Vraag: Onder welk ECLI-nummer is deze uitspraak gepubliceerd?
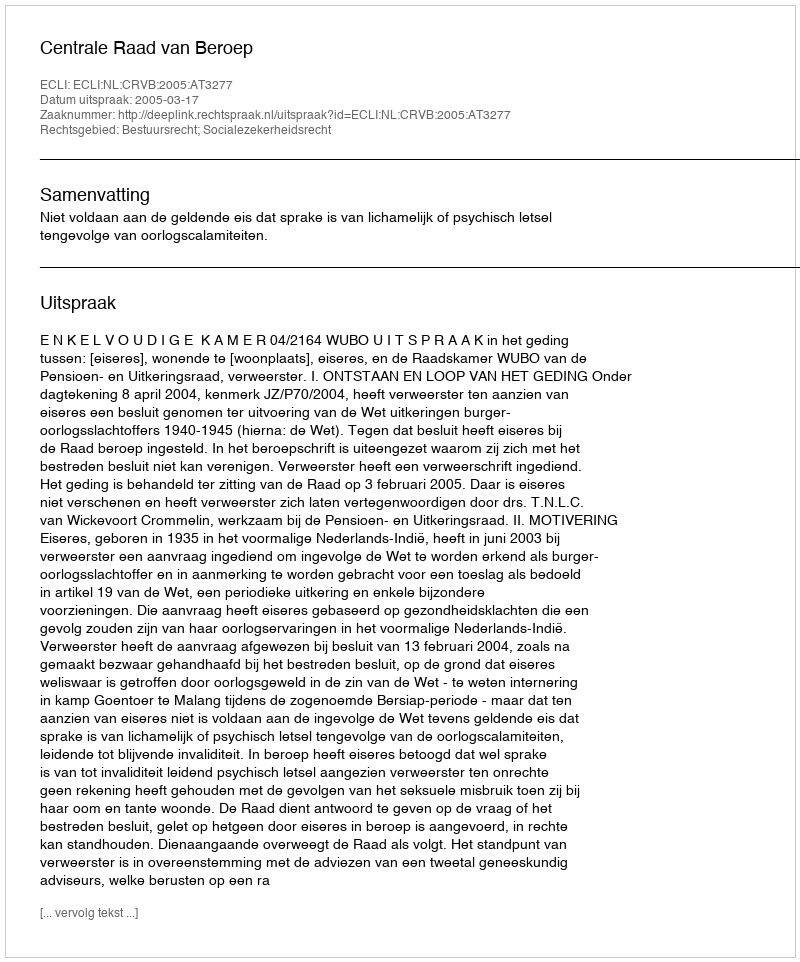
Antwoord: ECLI:NL:CRVB:2005:AT3277